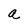
Character: a